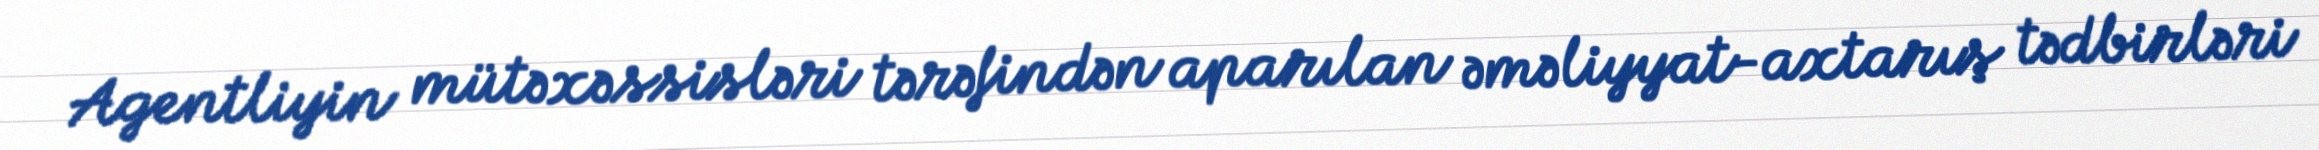
Agentliyin mütəxəssisləri tərəfindən aparılan əməliyyat-axtarış tədbirləri